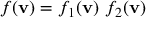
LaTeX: f ( \mathbf { v } ) = f _ { 1 } ( \mathbf { v } ) ~ f _ { 2 } ( \mathbf { v } )